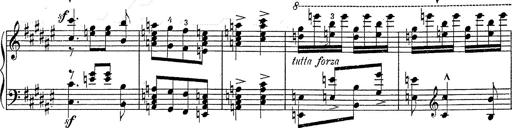
Title: Hungarian Rhapsody No.2
Composer: Franz Liszt
Key: C-sharp minor